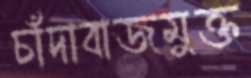
চাঁদাবাজমুক্ত